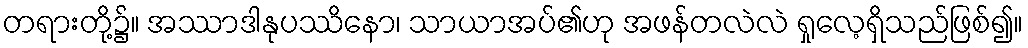
တရားတို့၌။ အဿာဒါနုပဿိနော၊ သာယာအပ်၏ဟု အဖန်တလဲလဲ ရှုလေ့ရှိသည်ဖြစ်၍။